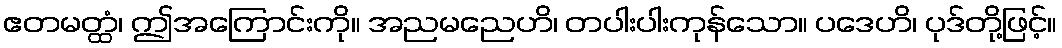
ဧတမတ္ထံ၊ ဤအကြောင်းကို။ အညမညေဟိ၊ တပါးပါးကုန်သော။ ပဒေဟိ၊ ပုဒ်တို့ဖြင့်။